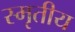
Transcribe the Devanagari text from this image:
स्मृतीय